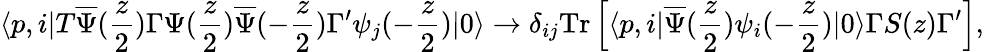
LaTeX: \langle p,i|T{\overline{{\Psi}}}({\frac{z}{2}})\Gamma\Psi({\frac{z}{2}}){\overline{{\Psi}}}(-{\frac{z}{2}})\Gamma^{\prime}\psi_{j}(-{\frac{z}{2}})|0\rangle\to\delta_{ij}\mathrm{Tr}\left[\langle p,i|{\overline{{\Psi}}}({\frac{z}{2}})\psi_{i}(-{\frac{z}{2}})|0\rangle\Gamma S(z)\Gamma^{\prime}\right],